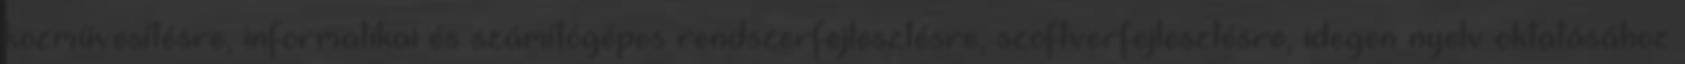
közművesítésre, informatikai és számítógépes rendszerfejlesztésre, szoftverfejlesztésre, idegen nyelv oktatásához